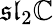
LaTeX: {\mathfrak{sl}}_{2}\mathbb{C}